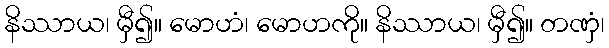
နိဿာယ၊ မှီ၍။ မောဟံ၊ မောဟကို။ နိဿာယ၊ မှီ၍။ တဏှံ၊